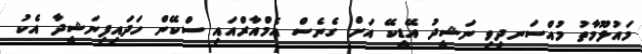
މައުލޫމާތު މުއްސަނދިވި ނަޝީދު އޭޑީކޭ އަށް ގެނެސް އެމްއާރްއައި ސްކޭން ހަދައިފިނަޝީދާ އެކު